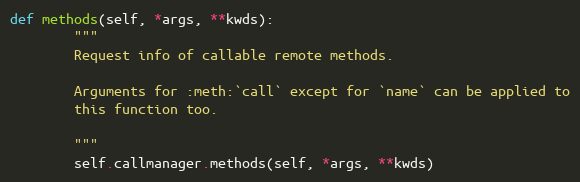
Language: Python
def methods(self, *args, **kwds):
        """
        Request info of callable remote methods.

        Arguments for :meth:`call` except for `name` can be applied to
        this function too.

        """
        self.callmanager.methods(self, *args, **kwds)